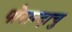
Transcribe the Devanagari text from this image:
पोरान्दाचु